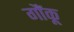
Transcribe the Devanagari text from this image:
गौंकू